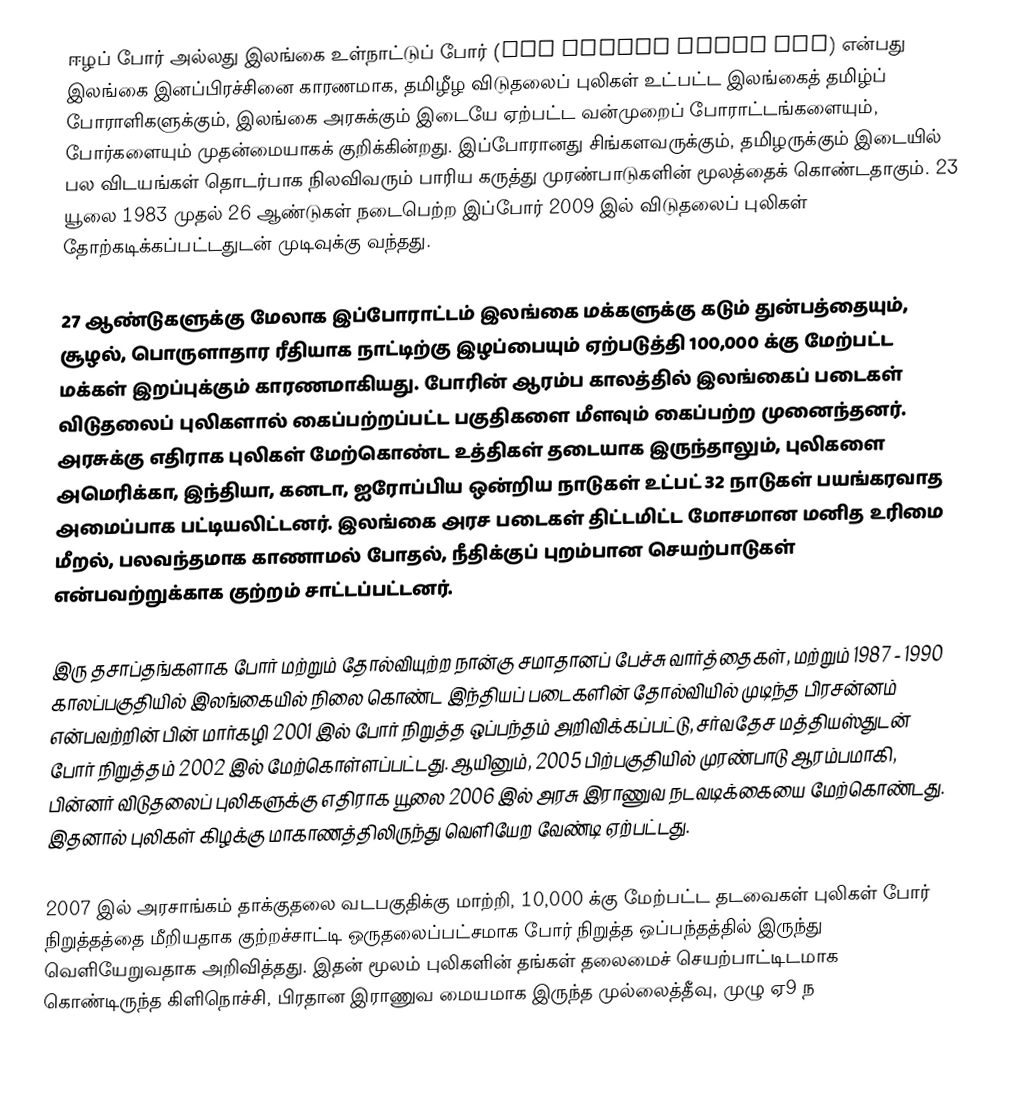
ஈழப் போர் அல்லது இலங்கை உள்நாட்டுப் போர் (Sri Lankan Civil War) என்பது இலங்கை இனப்பிரச்சினை காரணமாக, தமிழீழ விடுதலைப் புலிகள் உட்பட்ட இலங்கைத் தமிழ்ப் போராளிகளுக்கும், இலங்கை அரசுக்கும் இடையே ஏற்பட்ட வன்முறைப் போராட்டங்களையும், போர்களையும் முதன்மையாகக் குறிக்கின்றது. இப்போரானது  சிங்களவருக்கும், தமிழருக்கும் இடையில் பல விடயங்கள் தொடர்பாக நிலவிவரும் பாரிய கருத்து முரண்பாடுகளின் மூலத்தைக் கொண்டதாகும். 23 யூலை 1983 முதல் 26 ஆண்டுகள் நடைபெற்ற இப்போர் 2009 இல் விடுதலைப் புலிகள் தோற்கடிக்கப்பட்டதுடன் முடிவுக்கு வந்தது.

27 ஆண்டுகளுக்கு மேலாக இப்போராட்டம் இலங்கை மக்களுக்கு கடும் துன்பத்தையும், சூழல், பொருளாதார ரீதியாக நாட்டிற்கு இழப்பையும் ஏற்படுத்தி 100,000 க்கு மேற்பட்ட மக்கள் இறப்புக்கும் காரணமாகியது. போரின் ஆரம்ப காலத்தில் இலங்கைப் படைகள் விடுதலைப் புலிகளால் கைப்பற்றப்பட்ட பகுதிகளை மீளவும் கைப்பற்ற முனைந்தனர். அரசுக்கு எதிராக புலிகள் மேற்கொண்ட உத்திகள் தடையாக இருந்தாலும், புலிகளை அமெரிக்கா, இந்தியா, கனடா, ஐரோப்பிய ஒன்றிய நாடுகள் உட்பட் 32 நாடுகள் பயங்கரவாத அமைப்பாக பட்டியலிட்டனர். இலங்கை அரச படைகள் திட்டமிட்ட மோசமான மனித உரிமை மீறல், பலவந்தமாக காணாமல் போதல், நீதிக்குப் புறம்பான செயற்பாடுகள் என்பவற்றுக்காக குற்றம் சாட்டப்பட்டனர்.

இரு தசாப்தங்களாக போர் மற்றும் தோல்வியுற்ற நான்கு சமாதானப் பேச்சு வார்த்தைகள், மற்றும் 1987 - 1990 காலப்பகுதியில் இலங்கையில் நிலை கொண்ட இந்தியப் படைகளின் தோல்வியில் முடிந்த பிரசன்னம் என்பவற்றின் பின் மார்கழி 2001 இல் போர் நிறுத்த ஒப்பந்தம் அறிவிக்கப்பட்டு, சர்வதேச மத்தியஸ்துடன் போர் நிறுத்தம் 2002 இல் மேற்கொள்ளப்பட்டது. ஆயினும், 2005 பிற்பகுதியில் முரண்பாடு ஆரம்பமாகி, பின்னர் விடுதலைப் புலிகளுக்கு எதிராக யூலை 2006 இல் அரசு இராணுவ நடவடிக்கையை மேற்கொண்டது. இதனால் புலிகள் கிழக்கு மாகாணத்திலிருந்து வெளியேற வேண்டி ஏற்பட்டது.

2007 இல் அரசாங்கம் தாக்குதலை வடபகுதிக்கு மாற்றி, 10,000 க்கு மேற்பட்ட தடவைகள் புலிகள் போர் நிறுத்தத்தை மீறியதாக குற்றச்சாட்டி ஒருதலைப்பட்சமாக போர் நிறுத்த ஒப்பந்தத்தில் இருந்து வெளியேறுவதாக அறிவித்தது. இதன் மூலம் புலிகளின் தங்கள் தலைமைச் செயற்பாட்டிடமாக கொண்டிருந்த கிளிநொச்சி, பிரதான இராணுவ மையமாக இருந்த முல்லைத்தீவு, முழு ஏ9 ந